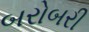
બરોબરી